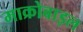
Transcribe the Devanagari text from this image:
माक्रोबाइल